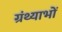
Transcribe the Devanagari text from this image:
ग्रंथ्याभों